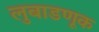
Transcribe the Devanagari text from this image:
लुबाडणूक